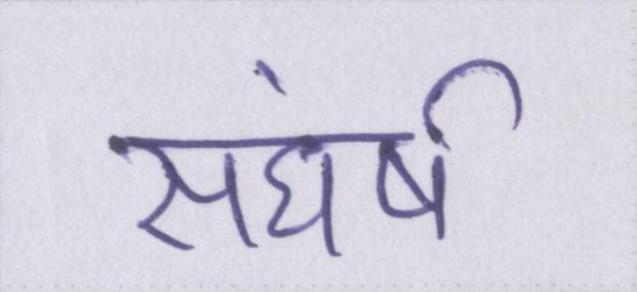
सघंर्ष